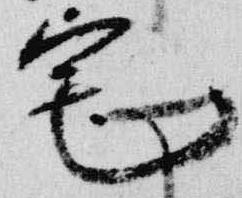
宅